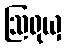
ဩရုယှ